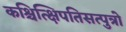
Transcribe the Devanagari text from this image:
कश्चित्क्षिपतिसत्पुत्रो